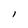
Character: I